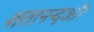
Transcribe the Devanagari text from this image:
शतानन्दऔर